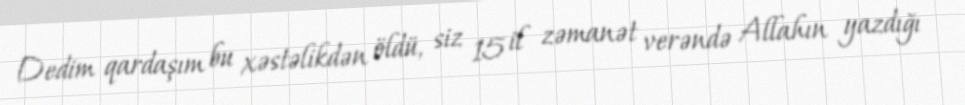
Dedim qardaşım bu xəstəlikdən öldü, siz 15 il zəmanət verəndə Allahın yazdığı